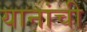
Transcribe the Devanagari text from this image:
यानांची